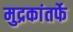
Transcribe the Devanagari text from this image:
मुद्रकांतर्फे